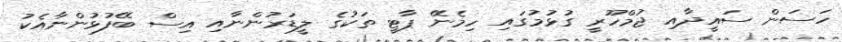
ހަސަން ސައީދާއި ޖުމްހޫރީ ގުޅުމުގައި ހިމެނޭ ޕާޓީ ތަކުގެ ލީޑަރުންނާއި އިސް ބޭފުޅުންނާއެކު